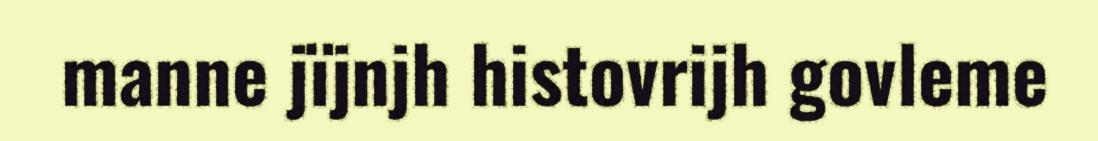
manne jïjnjh histovrijh govleme